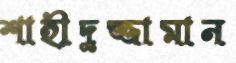
শাহীদুজ্জামান